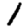
Digit: 1